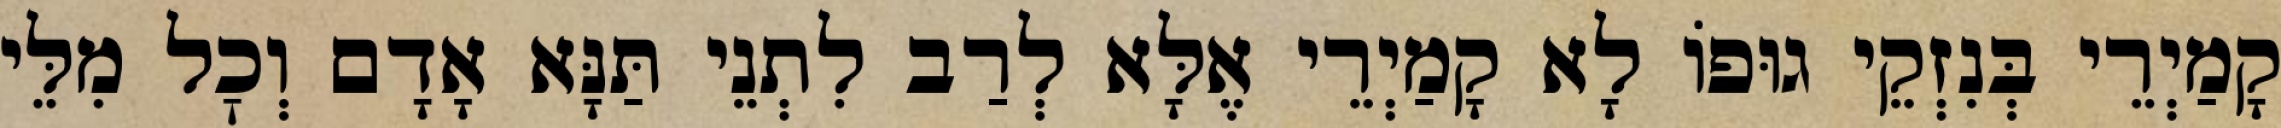
קָמַיְרֵי בְּנִזְקֵי גוּפוֹ לָא קָמַיְרֵי אֶלָּא לְרַב לִתְנֵי תַּנָּא אָדָם וְכׇל מִלֵּי